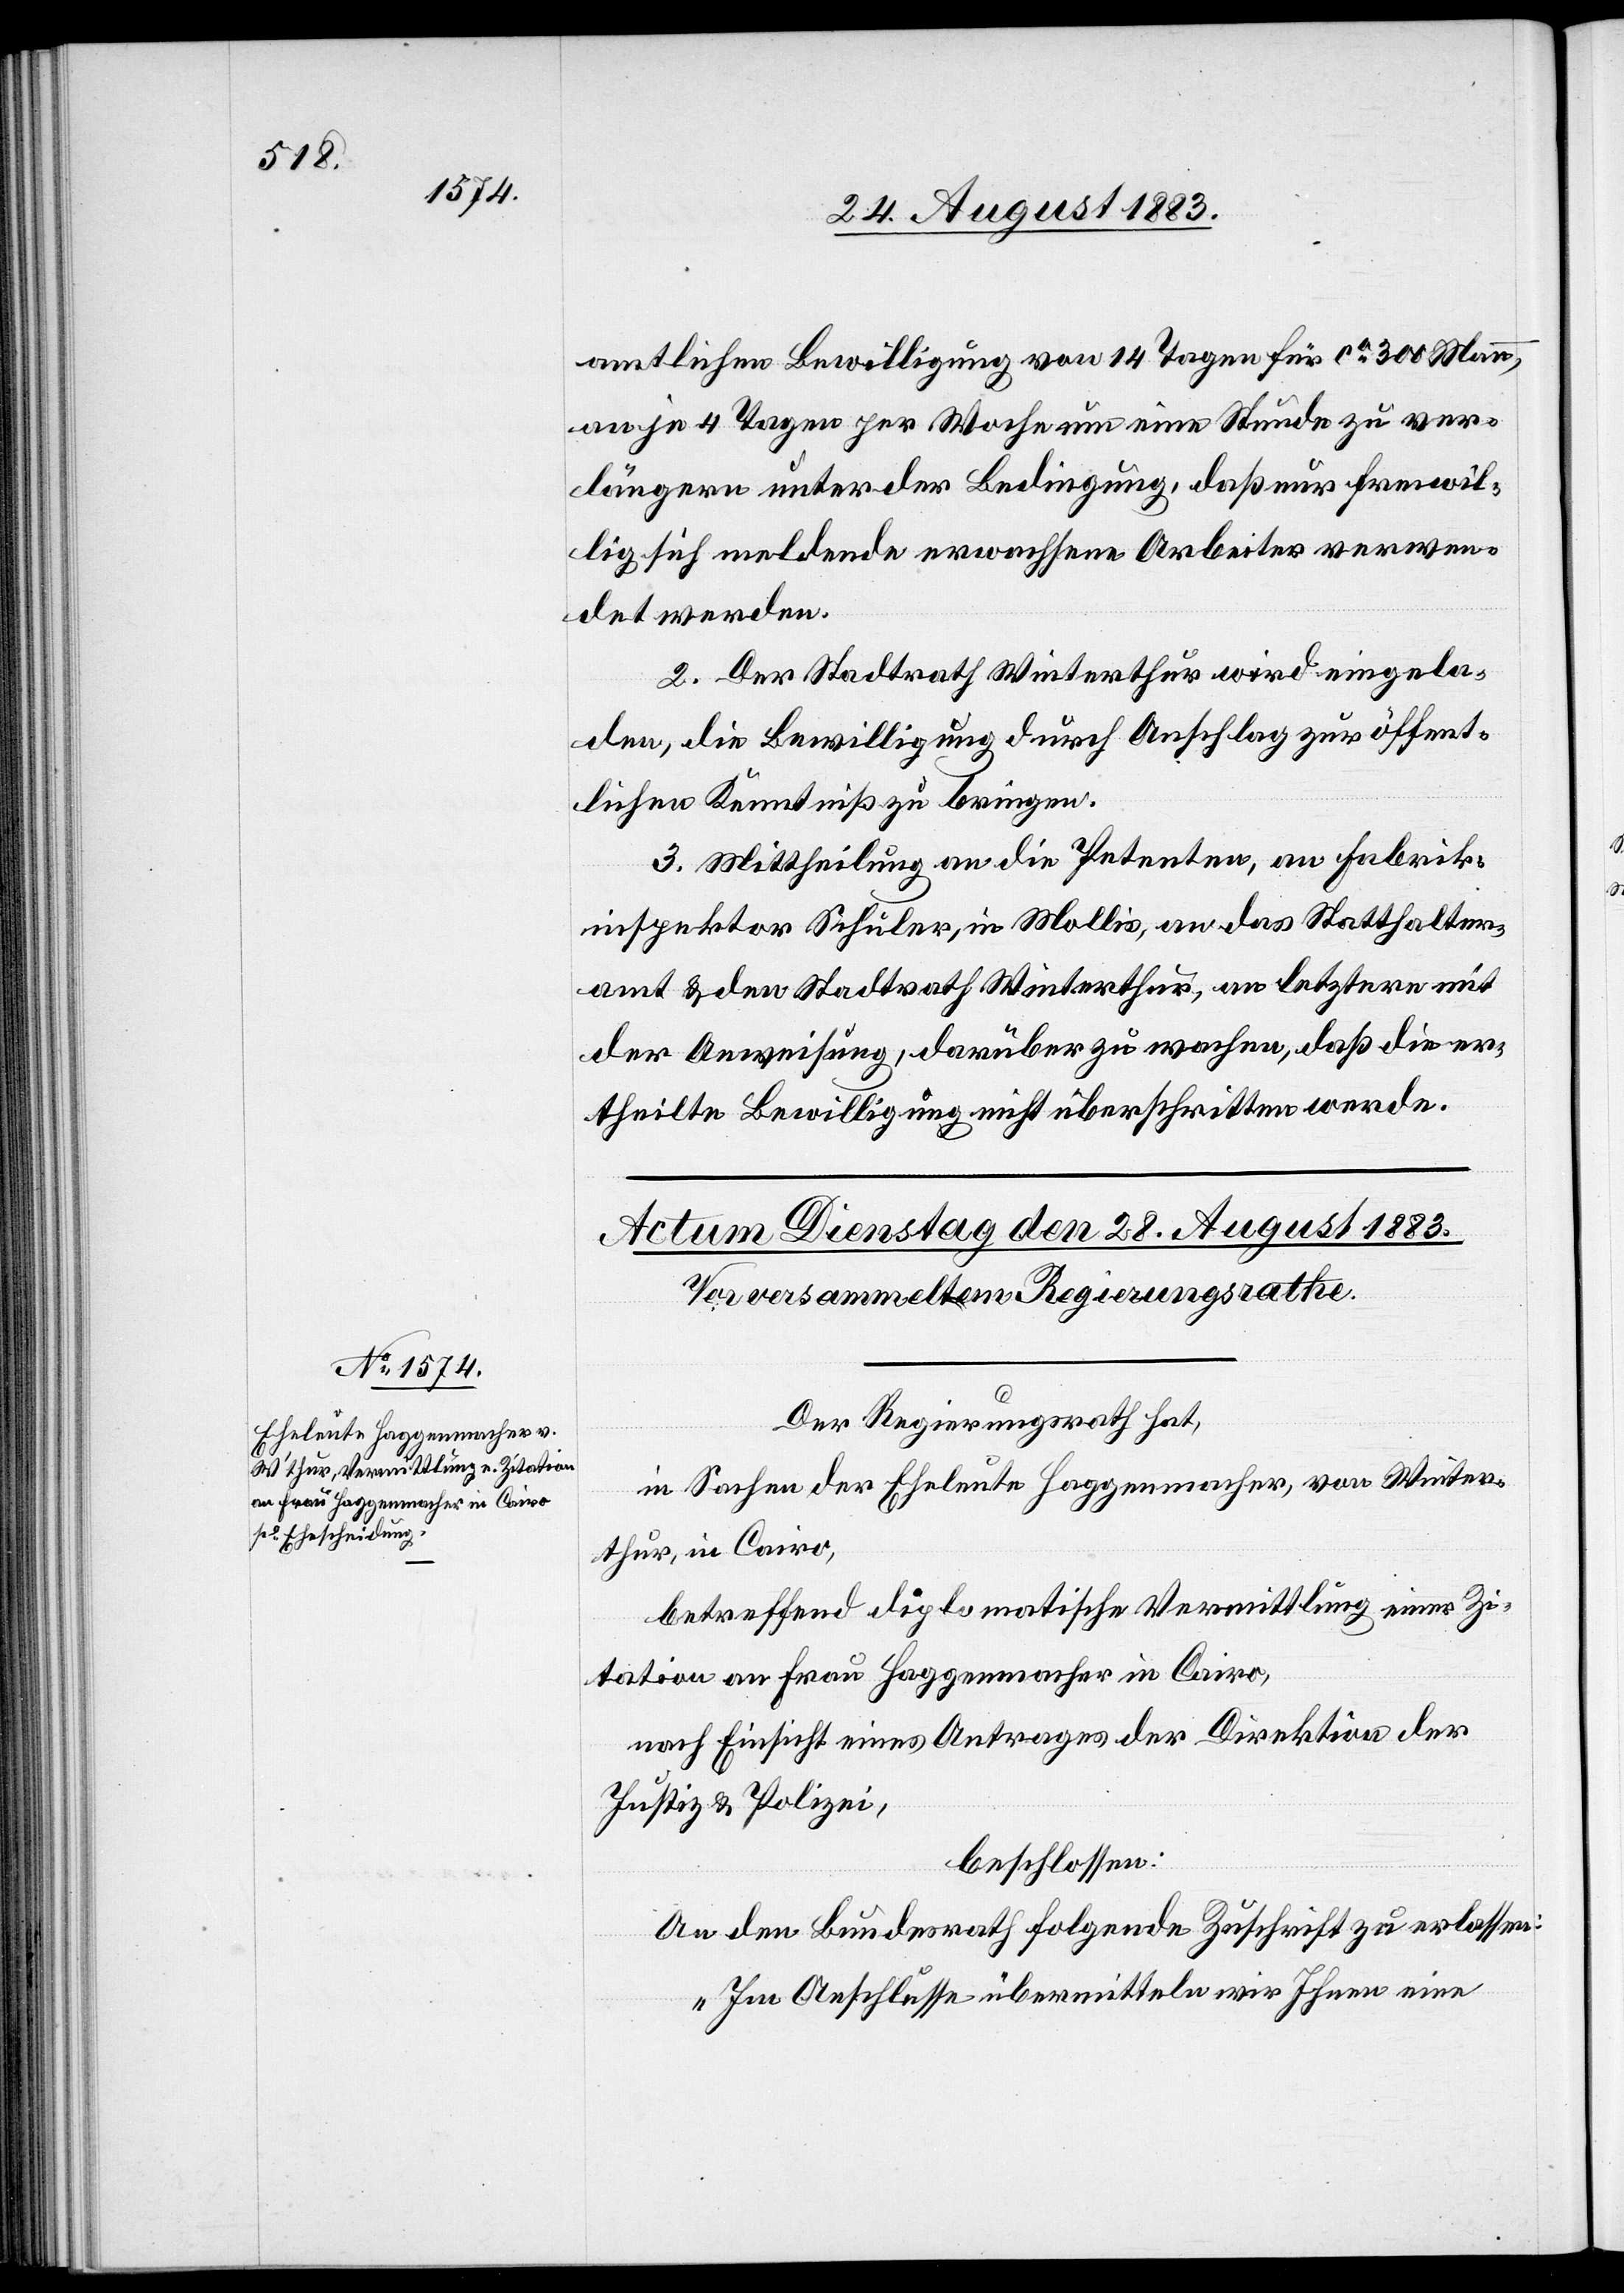
amtlichen Bewilligung von 14 Tagen für ca 300 Mann,
an je 4 Tagen per Woche um eine Stunde zu ver¬
längern unter der Bedingung, daß nur freiwil¬
lig sich meldende erwachsene Arbeiter verwen¬
det werden.
2. Der Stadtrath Winterthur wird eingela¬
den, die Bewilligung durch Anschlag zur öffent¬
lichen Kenntniß zu bringen.
3. Mittheilung an die Petenten, an Fabrik¬
inspektor Schuler, in Mollis, an das Statthalter¬
amt & den Stadtrath Winterthur, an letztere mit
der Anweisung, darüber zu wachen, daß die er¬
theilte Bewilligung nicht überschritten werde.
Der Regierungsrath hat,
in Sachen der Eheleute Haggenmacher, von Winter¬
thur, in Cairo,
betreffend diplomatische Vermittlung einer Zi¬
tation an Frau Haggenmacher in Cairo,
nach Einsicht eines Antrages der Direktion der
Justiz & Polizei,
beschlossen:
An den Bundesrath folgende Zuschrift zu erlassen:
„Im Anschlusse übermitteln wir Ihnen eine